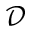
\mathcal { D }